Rangoon Lunatic Asylum 1878-1892 - 1878-1892
Year: 1878
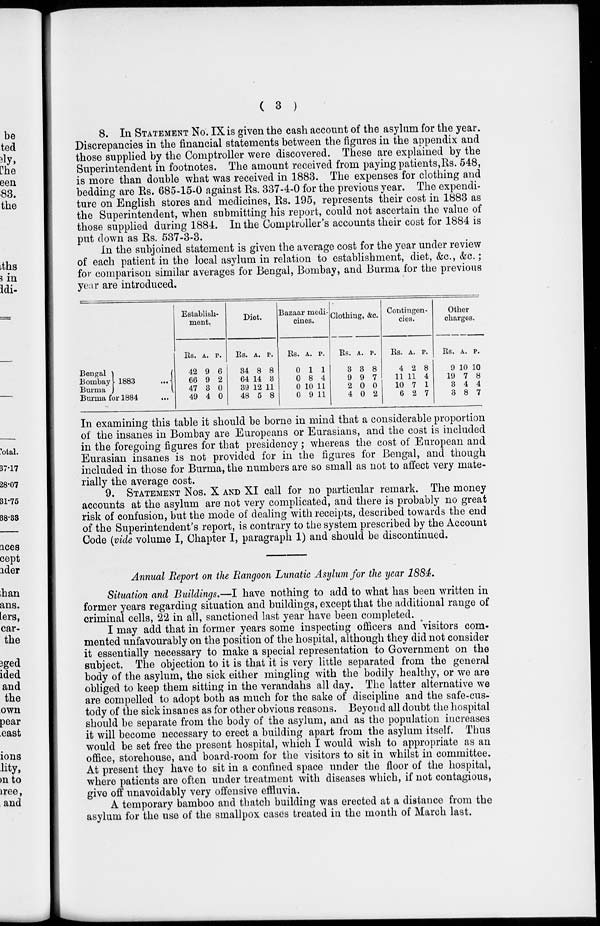
( 3 )
8. In STATEMENT No. IX is given the cash account of the asylum for the year.
Discrepancies in the financial statements between the figures in the appendix and
those supplied by the Comptroller were discovered. These are explained by the
Superintendent in footnotes. The amount received from paying patients, Rs. 548,
is more than double what was received in 1883. The expenses for clothing and
bedding are Rs. 685-15-0 against Rs. 337-4-0 for the previous year. The expendi-
ture on English stores and medicines, Rs. 195, represents their cost in 1883 as
the Superintendent, when submitting his report, could not ascertain the value of
those supplied during 1884. In the Comptroller's accounts their cost for 1884 is
put down as Rs. 537-3-3.
In the subjoined statement is given the average cost for the year under review
of each patient in the local asylum in relation to establishment, diet, &c., &c.;
for comparison similar averages for Bengal, Bombay, and Burma for the previous
year are introduced.
Bengal
Bombay
Burma
1883
..
Burma for 1884 ...
Establish-
ment.
Rs.
42
66
47
49
A.
9
9
3
4
P.
6
2
0
0
Diet.
Rs.
34
64
39
48
A.
8
14
12
5
P.
8
3
11
8
Bazaar medi-
cines.
Rs.
0
0
0
0
A.
1
8
10
9
P.
1
4
11
11
Clothing, &c.
Rs.
3
9
2
4
A.
3
9
0
0
P.
8
7
0
2
Contingen-
cies.
Rs.
4
11
10
6
A.
2
11
7
2
P.
8
4
1
7
Other
charges.
Rs.
9
19
3
3
A.
10
7
4
8
P.
10
8
4
7
In examining this table it should be borne in mind that a considerable proportion
of the insanes in Bombay are Europeans or Eurasians, and the cost is included
in the foregoing figures for that presidency; whereas the cost of European and
Eurasian insanes is not provided for in the figures for Bengal, and though
included in those for Burma, the numbers are so small as not to affect very mate-
rially the average cost.
9. STATEMENT Nos. X AND XI call for no particular remark. The money
accounts at the asylum are not very complicated, and there is probably no great
risk of confusion, but the mode of dealing with receipts, described towards the end
of the Superintendent's report, is contrary to the system prescribed by the Account
Code (vide volume I, Chapter I, paragraph 1) and should be discontinued.
Annual Report on the Rangoon Lunatic Asylum for the year 1884.
Situation and Buildings.—I have nothing to add to what has been written in
former years regarding situation and buildings, except that the additional range of
criminal cells, 22 in all, sanctioned last year have been completed.
I may add that in former years some inspecting officers and visitors com-
mented unfavourably on the position of the hospital, although they did not consider
it essentially necessary to make a special representation to Government on the
subject. The objection to it is that it is very little separated from the general
body of the asylum, the sick either mingling with the bodily healthy, or we are
obliged to keep them sitting in the verandahs all day. The latter alternative we
are compelled to adopt both as much for the sake of discipline and the safe-cus-
tody of the sick insanes as for other obvious reasons. Beyond all doubt the hospital
should be separate from the body of the asylum, and as the population increases
it will become necessary to erect a building apart from the asylum itself. Thus
would be set free the present hospital, which I would wish to appropriate as an
office, storehouse, and board-room for the visitors to sit in whilst in committee.
At present they have to sit in a confined space under the floor of the hospital,
where patients are often under treatment with diseases which, if not contagious,
give off unavoidably very offensive effluvia.
A temporary bamboo and thatch building was erected at a distance from the
asylum for the use of the smallpox cases treated in the month of March last.